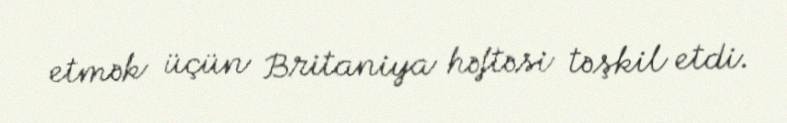
etmək üçün Britaniya həftəsi təşkil etdi.